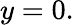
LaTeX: y=0.